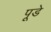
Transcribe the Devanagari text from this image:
पूडे